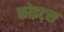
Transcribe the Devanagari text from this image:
कोइट्स